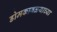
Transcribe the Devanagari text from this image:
डोमकावळ्याच्या